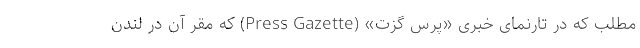
مطلب که در تارنمای خبری «پرس گزت» (Press Gazette) که مقر آن در لندن